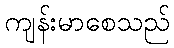
ကျန်းမာစေသည်